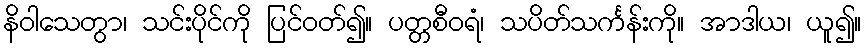
နိဝါသေတွာ၊ သင်းပိုင်ကို ပြင်ဝတ်၍။ ပတ္တစီဝရံ၊ သပိတ်သင်္ကန်းကို။ အာဒါယ၊ ယူ၍။